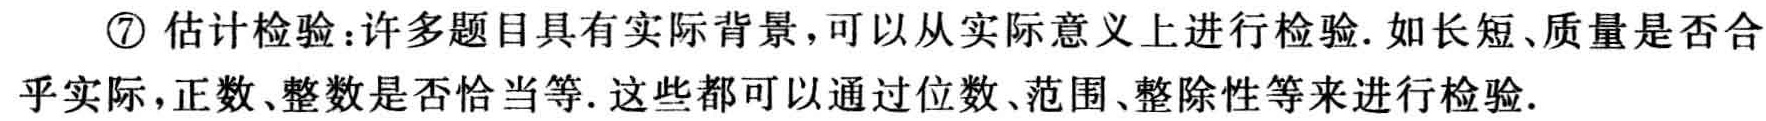
\textcircled{7} 估计检验：许多题目具有实际背景，可以从实际意义上进行检验. 如长短、质量是否合乎实际，正数、整数是否恰当等. 这些都可以通过位数、范围、整除性等来进行检验.